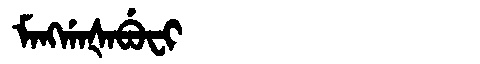
Manchu: ᠮᠠᠩᡤᠠᡧᠠᠪᡠᠸᡳ
Romanization: MANGGAŠABUFI